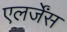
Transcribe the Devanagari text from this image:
एलर्जेंस